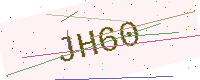
Text: JH60